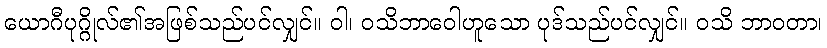
ယောဂီပုဂ္ဂိုလ်၏အဖြစ်သည်ပင်လျှင်။ ဝါ၊ ဝသိဘာဝေါဟူသော ပုဒ်သည်ပင်လျှင်။ ဝသိ ဘာဝတာ၊